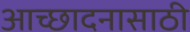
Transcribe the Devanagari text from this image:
आच्छादनासाठी